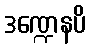
ဒဏ္ဍေနပိ